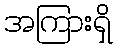
အကြားရှိ